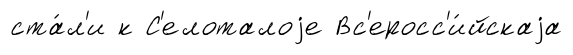
ста́л'и к С'елоталоjе Вс'еросс'и́йскаjа